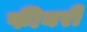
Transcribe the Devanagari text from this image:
फीयरी